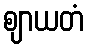
ဈာယတံ